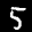
Label: 5